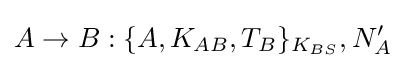
A\rightarrow B:\{A,K_{AB},T_{B}\}_{K_{BS}},N'_{A}